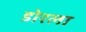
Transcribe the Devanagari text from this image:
डोरला